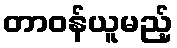
တာဝန်ယူမည့်